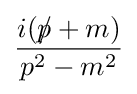
{\frac {i({p\!\!\!/}+m)}{p^{2}-m^{2}}}